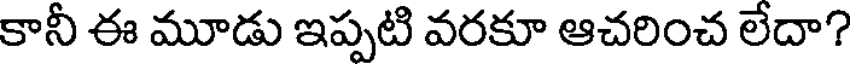
కానీ ఈ మూడు ఇప్పటి వరకూ ఆచరించ లేదా?